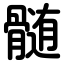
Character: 髄